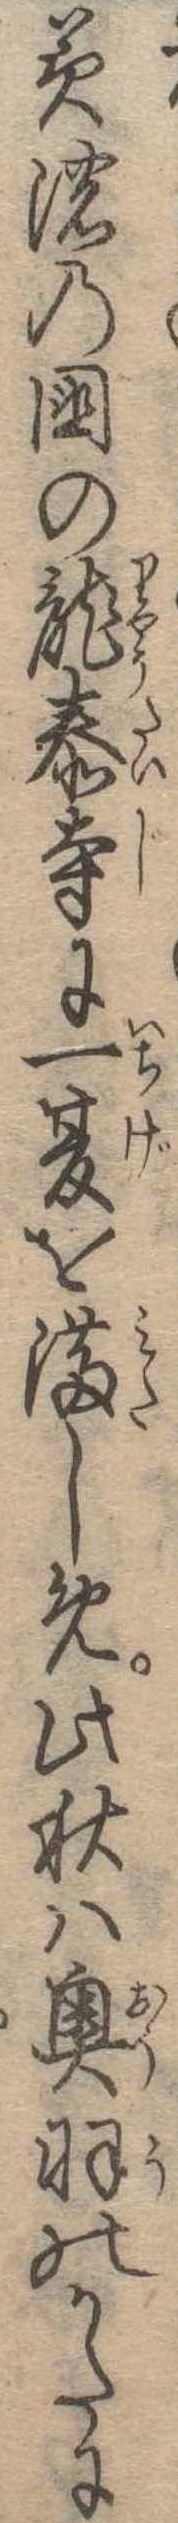
美濃の国の竜泰寺に一夏を満しめ此秋は奥羽のかたに